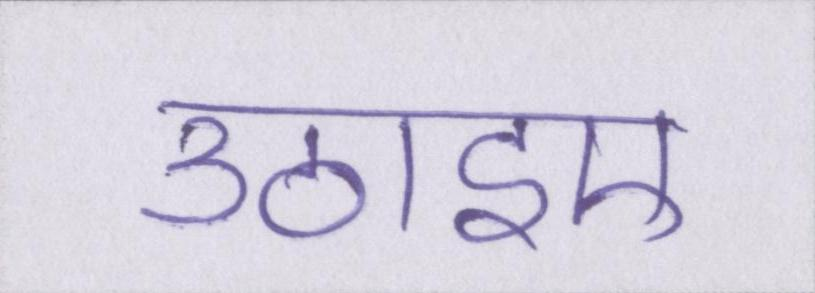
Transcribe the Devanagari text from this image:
उठाइए